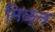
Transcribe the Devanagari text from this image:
मिळ्त